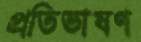
প্রতিভাষণ